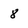
Character: 8